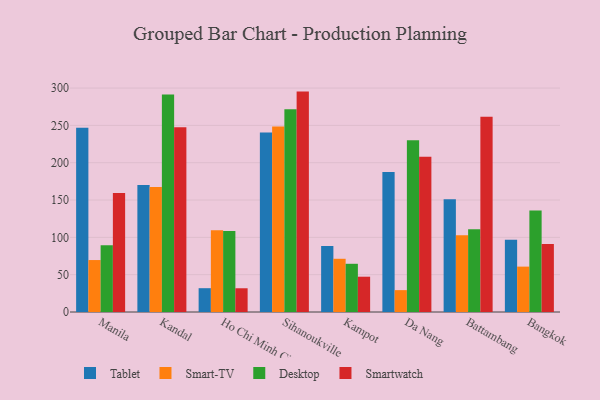
{"axis": {"x": "City", "y": "Latency (ms)"}, "legend": ["Desktop", "Smart-TV", "Smartwatch", "Tablet"], "data": [{"x": "Manila", "y": 246.7, "type": "Tablet"}, {"x": "Manila", "y": 69.6, "type": "Smart-TV"}, {"x": "Manila", "y": 89.6, "type": "Desktop"}, {"x": "Manila", "y": 159.3, "type": "Smartwatch"}, {"x": "Kandal", "y": 170.2, "type": "Tablet"}, {"x": "Kandal", "y": 167.4, "type": "Smart-TV"}, {"x": "Kandal", "y": 291.4, "type": "Desktop"}, {"x": "Kandal", "y": 247.6, "type": "Smartwatch"}, {"x": "Ho Chi Minh City", "y": 31.9, "type": "Tablet"}, {"x": "Ho Chi Minh City", "y": 109.4, "type": "Smart-TV"}, {"x": "Ho Chi Minh City", "y": 108.6, "type": "Desktop"}, {"x": "Ho Chi Minh City", "y": 31.8, "type": "Smartwatch"}, {"x": "Sihanoukville", "y": 240.4, "type": "Tablet"}, {"x": "Sihanoukville", "y": 248.7, "type": "Smart-TV"}, {"x": "Sihanoukville", "y": 271.8, "type": "Desktop"}, {"x": "Sihanoukville", "y": 295.3, "type": "Smartwatch"}, {"x": "Kampot", "y": 88.5, "type": "Tablet"}, {"x": "Kampot", "y": 71.3, "type": "Smart-TV"}, {"x": "Kampot", "y": 64.6, "type": "Desktop"}, {"x": "Kampot", "y": 47.3, "type": "Smartwatch"}, {"x": "Da Nang", "y": 187.7, "type": "Tablet"}, {"x": "Da Nang", "y": 29.3, "type": "Smart-TV"}, {"x": "Da Nang", "y": 230.1, "type": "Desktop"}, {"x": "Da Nang", "y": 208.1, "type": "Smartwatch"}, {"x": "Battambang", "y": 150.9, "type": "Tablet"}, {"x": "Battambang", "y": 102.8, "type": "Smart-TV"}, {"x": "Battambang", "y": 110.8, "type": "Desktop"}, {"x": "Battambang", "y": 261.7, "type": "Smartwatch"}, {"x": "Bangkok", "y": 96.8, "type": "Tablet"}, {"x": "Bangkok", "y": 60.8, "type": "Smart-TV"}, {"x": "Bangkok", "y": 136.1, "type": "Desktop"}, {"x": "Bangkok", "y": 91.1, "type": "Smartwatch"}]}